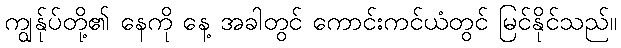
ကျွန်ုပ်တို့၏ နေကို နေ့ အခါတွင် ကောင်းကင်ယံတွင် မြင်နိုင်သည်။